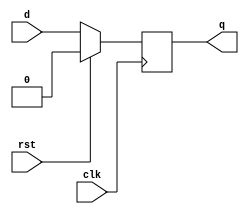
module dff(clk,rst,d,q);
input clk,rst,d;
output reg q;
initial
q=1'b0;
always @(posedge clk)
begin
if(rst)
q=1'b0;
else
q=d;
end
endmodule